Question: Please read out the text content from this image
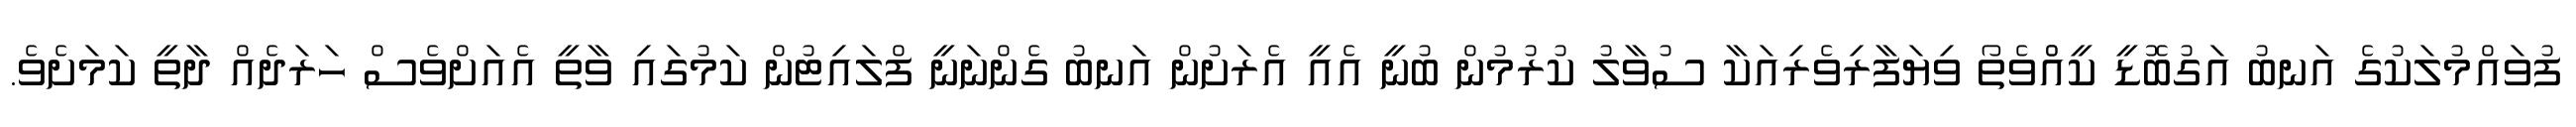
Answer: ފުވައްމުލަކުގެ އަނބު އަގުބޮޑީ ކީއްްވެތޯ ވިޔަފާރިވެރިއަކާ ސުވާލު ކުރުމުން ބުނީ އެއީ އެރަށުން އަނބު ގެންނަނީ ފްލައިޓުން ކަމުގައި ވާތީ އެއަށްވެސް ހަރަދެއް ދާތީ ކަމަށެވެ.